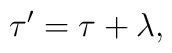
\tau ^{\prime}=\tau +\lambda,